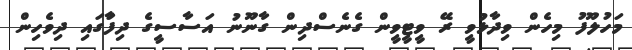
މަހުލޫފު މިހެން ވިދާޅުވީ ރޭ ވީޓީވީން ގެނެސްދިން ގާނޫނު އަސާސީގެ ދިފާުގައި ދިވެހިން